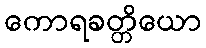
ကောရခတ္တိယော